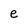
Character: e